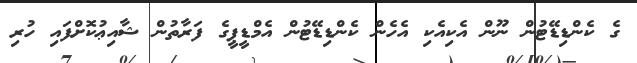
ގެ ކެންޑިޑޭޓުން ނޫން އެކިއެކި އެހެން ކެންޑިޑޭޓުން އެމްޑީޕީގެ ފަރާތުން ޝާއިޢުކޮށްފައި ހުރި